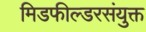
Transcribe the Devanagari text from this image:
मिडफील्डरसंयुक्त